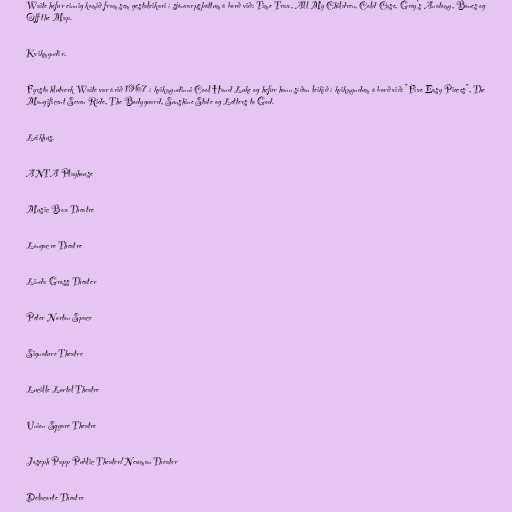
Waite hefur einnig komið fram sem gestaleikari í sjónvarpsþáttum á borð við: Time Trax, All My Children, Cold Case, Grey's Anatomy, Bones og
Off the Map.

Kvikmyndir.

Fyrsta hlutverk Waite var árið 1967 í kvikmyndinni Cool Hand Luke og hefur hann síðan leikið í kvikmyndum á borð við: "Five Easy Pieces", The
Mangificent Seven Ride, The Bodyguard, Sunshine State og Letters to God.

Leikhús.

ANTA Playhouse

Music Box Theatre

Longacre Theatre

Linda Gross Theater

Peter Norton Space

Signature Theatre

Lucille Lortel Theatre

Union Square Theatre

Joseph Papp Public Theater/Newman Theater

Delacorte Theatre